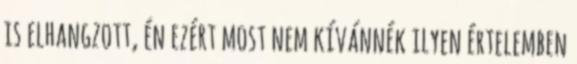
is elhangzott, én ezért most nem kívánnék ilyen értelemben